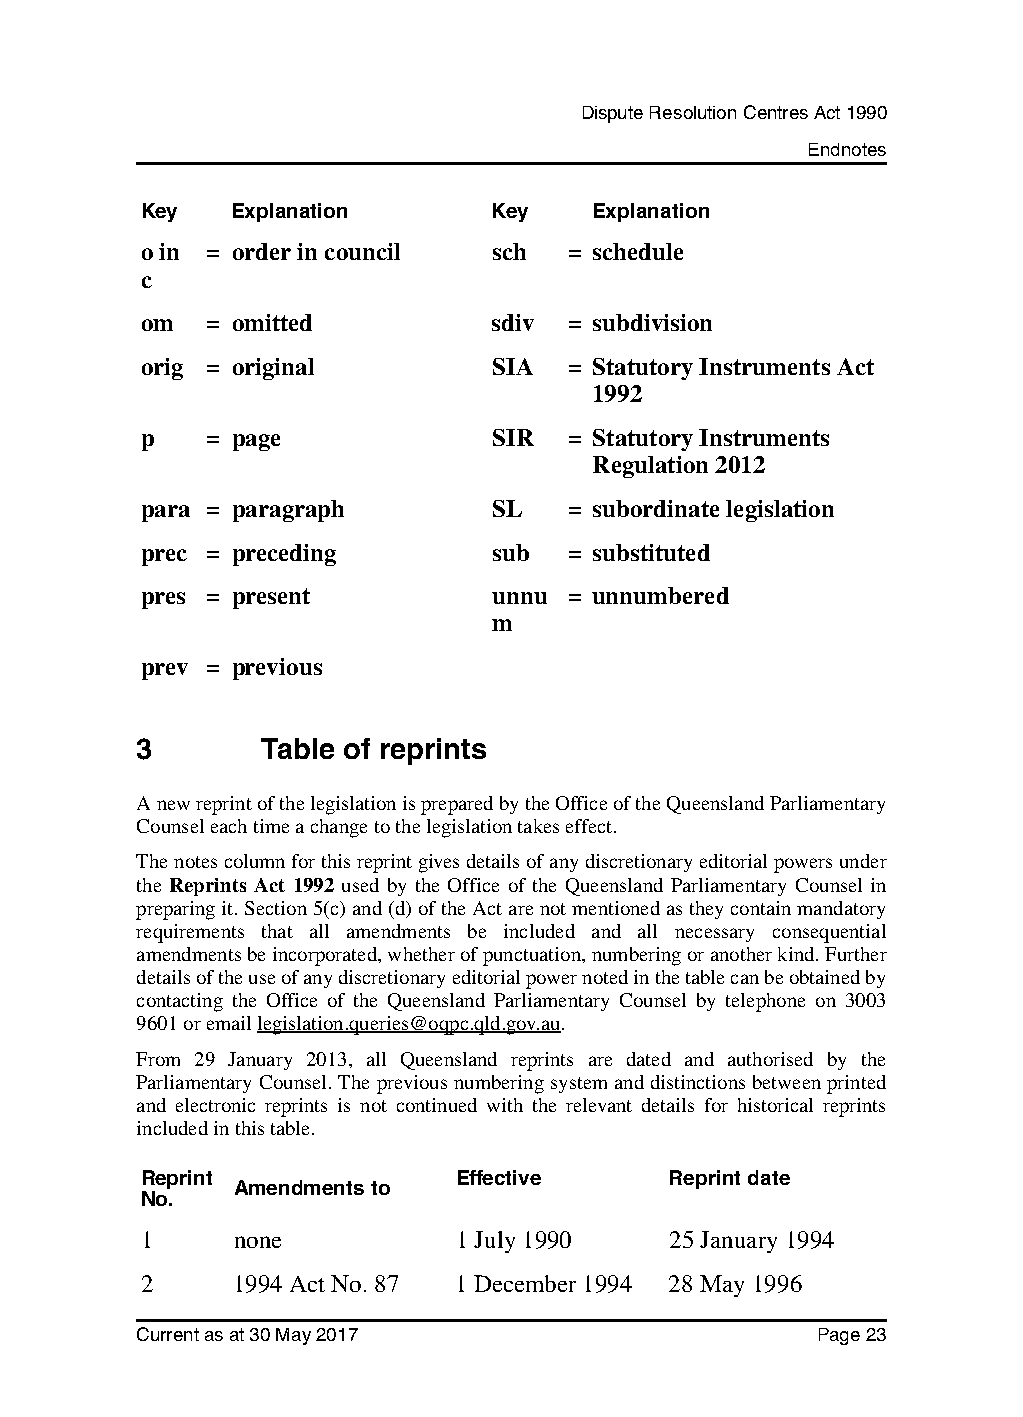
Dispute Resolution Centres Act 1990
 Endnotes
 Key    Explanation      Key   Explanation
 o in = order in council sch  = schedule
 c
 om   = omitted          sdiv = subdivision
 orig = original         SIA  = Statutory Instruments Act
 1992
 p    = page             SIR  = Statutory Instruments
 Regulation 2012
 para = paragraph        SL   = subordinate legislation
 prec = preceding        sub  = substituted
 pres = present          unnu = unnumbered
 m
 prev = previous
 3       Table of reprints
 A new reprint of the legislation is prepared by the Office of the Queensland Parliamentary
 Counsel each time a change to the legislation takes effect.
 The notes column for this reprint gives details of any discretionary editorial powers under
 the Reprints Act 1992 used by the Office of the Queensland Parliamentary Counsel in
 preparing it. Section 5(c) and (d) of the Act are not mentioned as they contain mandatory
 requirements that all amendments be included and all necessary consequential
 amendments be incorporated, whether of punctuation, numbering or another kind. Further
 details of the use of any discretionary editorial power noted in the table can be obtained by
 contacting the Office of the Queensland Parliamentary Counsel by telephone on 3003
 9601 or email legislation.queries@oqpc.qld.gov.au.
 From 29 January 2013, all Queensland reprints are dated and authorised by the
 Parliamentary Counsel. The previous numbering system and distinctions between printed
 and electronic reprints is not continued with the relevant details for historical reprints
 included in this table.
 Reprint              Effective     Reprint date
 Amendments to
 No.
 1      none          1 July 1990    25 January 1994
 2      1994 Act No. 87 1 December 1994 28 May 1996
 Current as at 30 May 2017                    Page 23